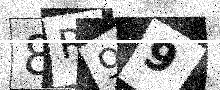
Text: 8R99